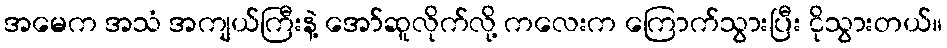
အမေက အသံ အကျယ်ကြီးနဲ့ အော်ဆူလိုက်လို့ ကလေးက ကြောက်သွားပြီး ငိုသွားတယ်။